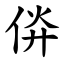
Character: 㑞